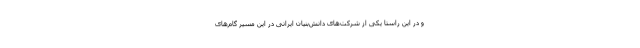
و در این راستا یکی از شرکت‌های دانش‌بنیان ایرانی در این مسیر گام‌های